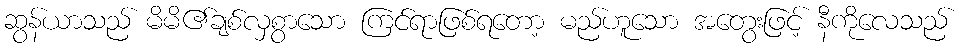
ဆွန်ယာသည် မိမိ၏ချစ်လှစွာသော ကြင်ရာဖြစ်ရတော့ မည်ဟူသော အတွေးဖြင့် နီကိုလေသည်